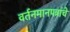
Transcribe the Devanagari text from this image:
वर्तनमानपत्रांचे